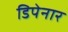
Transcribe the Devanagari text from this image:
डिपेनार